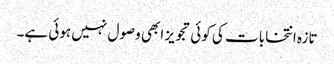
تازہ انتخابات کی کوئی تجویز ابھی وصول نہیں ہوئی ہے۔